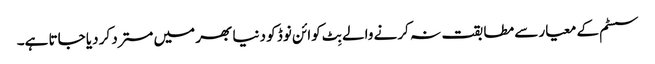
سسٹم کے معیار سے مطابقت نہ کرنے والے بِٹ کوائن نوڈ کو دنیا بھر میں مسترد کر دیا جاتا ہے۔